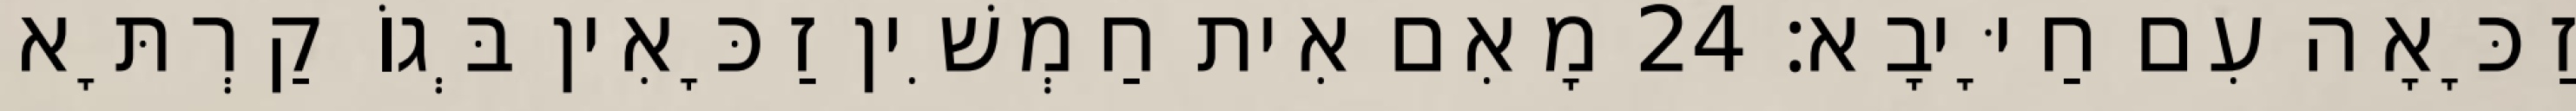
זַכָּאָה עִם חַיָּיבָא׃ 24 מָאִם אִית חַמְשִׁין זַכָּאִין בְּגוֹ קַרְתָּא